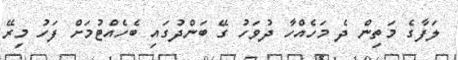
ލަފާގެ މަތިން ދެ މަހެއްހާ ދުވަހު ގޭ ބަންދުގައި ބެހެއްޓުމަށް ފަހު މިރޭ